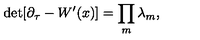
\mathrm { { d e t } } [ \partial _ { \tau } - W ^ { \prime } ( x ) ] = \prod _ { m } \lambda _ { m } ,